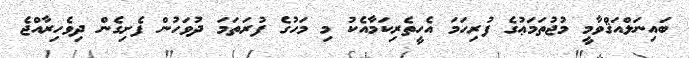
ބައިނަލްއަޤްވާމީ މުޖުތަމަޢުގެ ފުރިހަމަ އެހީތެރިކަމާއެކު މި މަހުގެ ފުރަތަމަ ދުވަހުން ފެށިގެން ދިވެހިރާއްޖެ